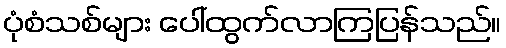
ပုံစံသစ်များ ပေါ်ထွက်လာကြပြန်သည်။